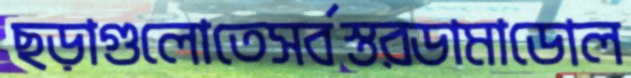
ছড়াগুলোতেসর্বস্তরডামাডোল